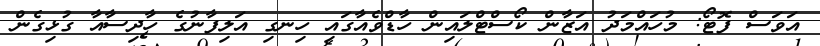
އަވަސް ފޮޓޯ: މުހައްމަދު އަޒާން ކޯސްޓްލައިން ހާޑްވެއާގައި ހިނގި އަލިފާނުގެ ހާދިސާއާ ގުޅިގެން